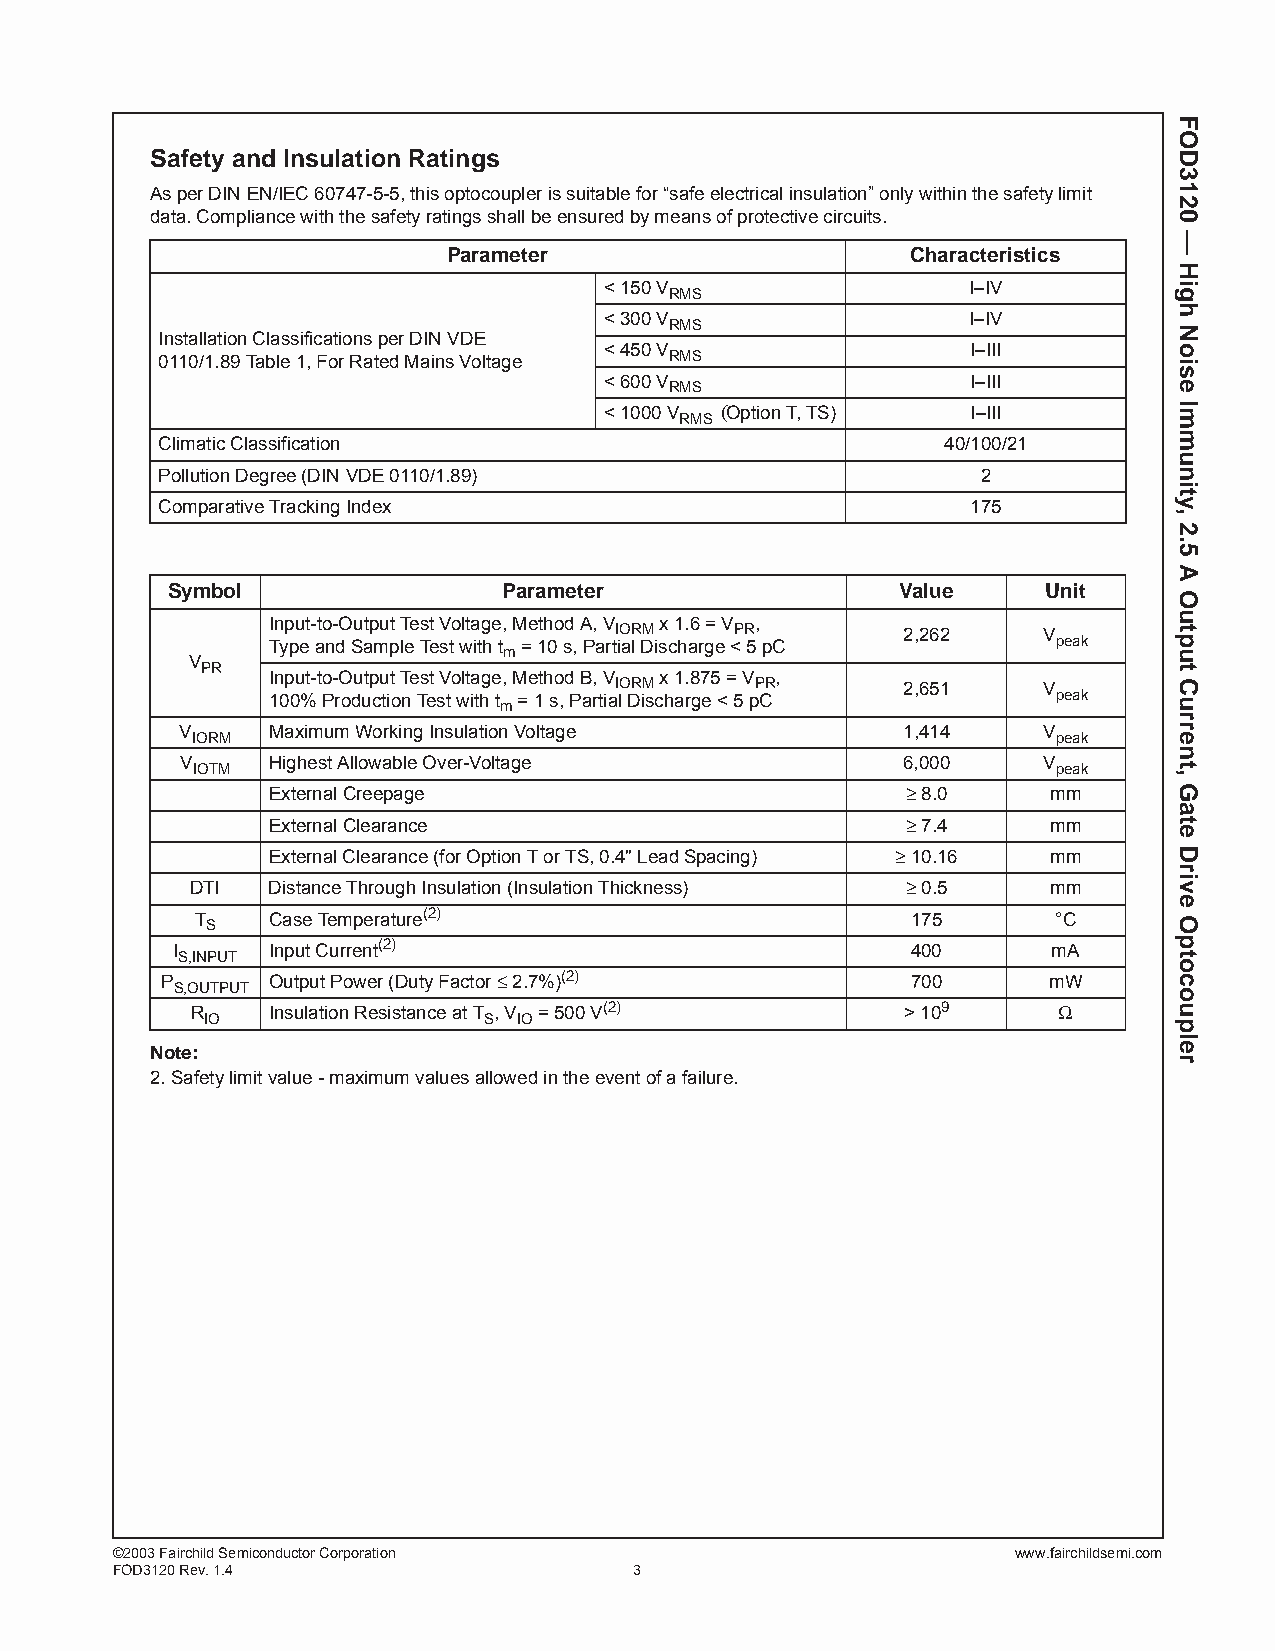
Safety and Insulation Ratings
 As per DIN EN/IEC 60747-5-5, this optocoupler is suitable for “safe electrical insulation” only within the safety limit
 data. Compliance with the safety ratings shall be ensured by means of protective circuits.
 Parameter                     Characteristics
 < 150 V                 I–IV
 RMS
 < 300 V                 I–IV
 RMS
 Installation Classifications per DIN VDE
 < 450 V                 I–III
 0110/1.89 Table 1, For Rated Mains Voltage RMS
 < 600 V                 I–III
 RMS
 < 1000 V (Option T, TS) I–III
 RMS
 Climatic Classification                              40/100/21
 Pollution Degree (DIN VDE 0110/1.89)                   2
 Comparative Tracking Index                            175
 Symbol                Parameter                  Value    Unit
 Input-to-Output Test Voltage, Method A, V x 1.6 = V ,
 IORM    PR         2,262    V
 Type and Sample Test with t = 10 s, Partial Discharge < 5 pC peak
 m
 V
 PR
 Input-to-Output Test Voltage, Method B, V x 1.875 = V ,
 IORM     PR        2,651    V
 100% Production Test with t = 1 s, Partial Discharge < 5 pC peak
 m
 V     Maximum Working Insulation Voltage        1,414    V
 IORM                                                     peak
 V     Highest Allowable Over-Voltage            6,000    V
 IOTM                                                     peak
 External Creepage                         ≥ 8.0     mm
 External Clearance                        ≥ 7.4     mm
 External Clearance (for Option T or TS, 0.4" Lead Spacing) ≥ 10.16 mm
 DTI  Distance Through Insulation (Insulation Thickness) ≥ 0.5 mm
 T    Case Temperature(2)                       175       °C S
 I      Input Current(2)                          400       mA
 S,INPUT
 P      Output Power (Duty Factor ≤ 2.7%)(2)      700      mW
 S,OUTPUT
 R    Insulation Resistance at T , V = 500 V(2) > 109     Ω
 IO                S IO
 Note:
 2. Safety limit value - maximum values allowed in the event of a failure.
 ©2003 Fairchild Semiconductor Corporation                   www.fairchildsemi.com
 FOD3120 Rev. 1.4                   3
 FOD3120
 —
 High
 Noise
 Immunity,
 2.5
 A
 Output
 Current,
 Gate
 Drive
 Optocoupler